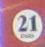
21